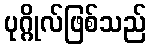
ပုဂ္ဂိုလ်ဖြစ်သည်